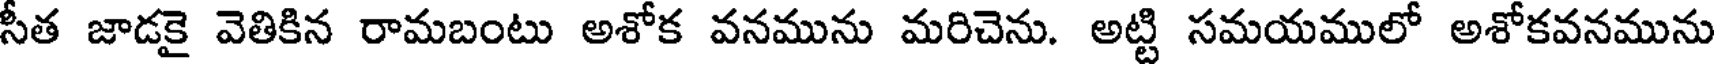
సీత జాడకై వెతికిన రామబంటు అశోక వనమును మరిచెను. అట్టి సమయములో అశోకవనమును